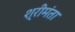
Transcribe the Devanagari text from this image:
श्रीमंता